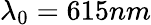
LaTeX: \lambda_{0}=615nm